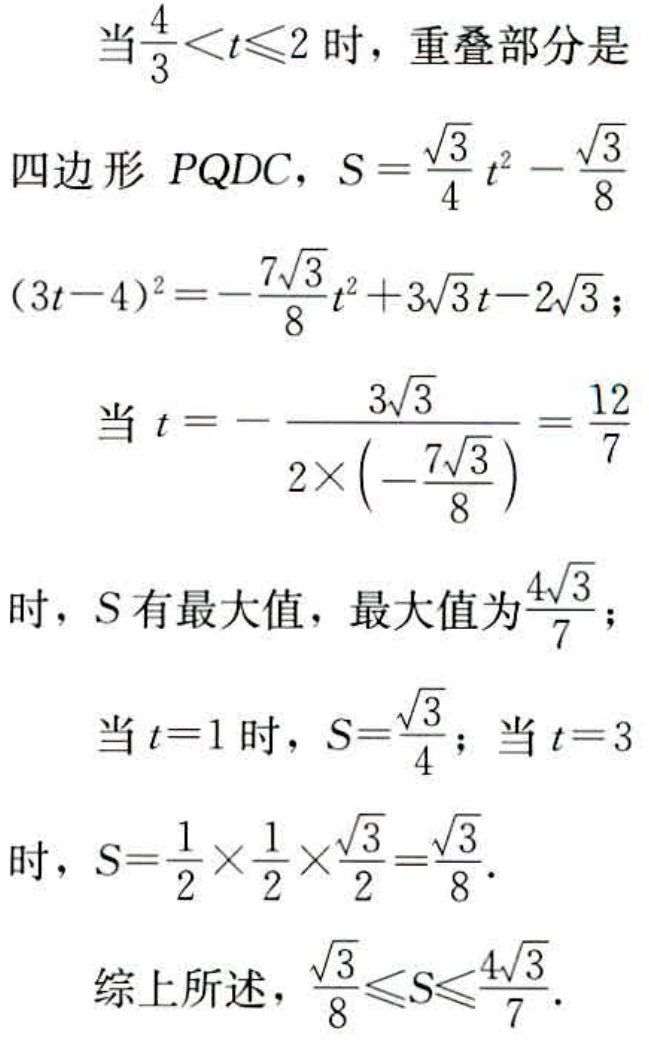
当\(\frac{4}{3} < t\leqslant 2\)时，重叠部分是

四边形 \(PQDC\)，\(S = \frac{\sqrt{3}}{4}t^{2}-\frac{\sqrt{3}}{8}\)

\((3t - 4)^{2}=-\frac{7\sqrt{3}}{8}t^{2}+3\sqrt{3}t - 2\sqrt{3}\)；

当 \(t = -\frac{3\sqrt{3}}{2\times(-\frac{7\sqrt{3}}{8})}=\frac{12}{7}\)

时，\(S\) 有最大值，最大值为\(\frac{4\sqrt{3}}{7}\)；

当 \(t = 1\) 时，\(S=\frac{\sqrt{3}}{4}\)；当 \(t = 3\)

时，\(S=\frac{1}{2}\times\frac{1}{2}\times\frac{\sqrt{3}}{2}=\frac{\sqrt{3}}{8}\)．

综上所述，\(\frac{\sqrt{3}}{8}\leqslant S\leqslant\frac{4\sqrt{3}}{7}\)．